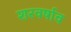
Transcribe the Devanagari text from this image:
शरवर्षाव